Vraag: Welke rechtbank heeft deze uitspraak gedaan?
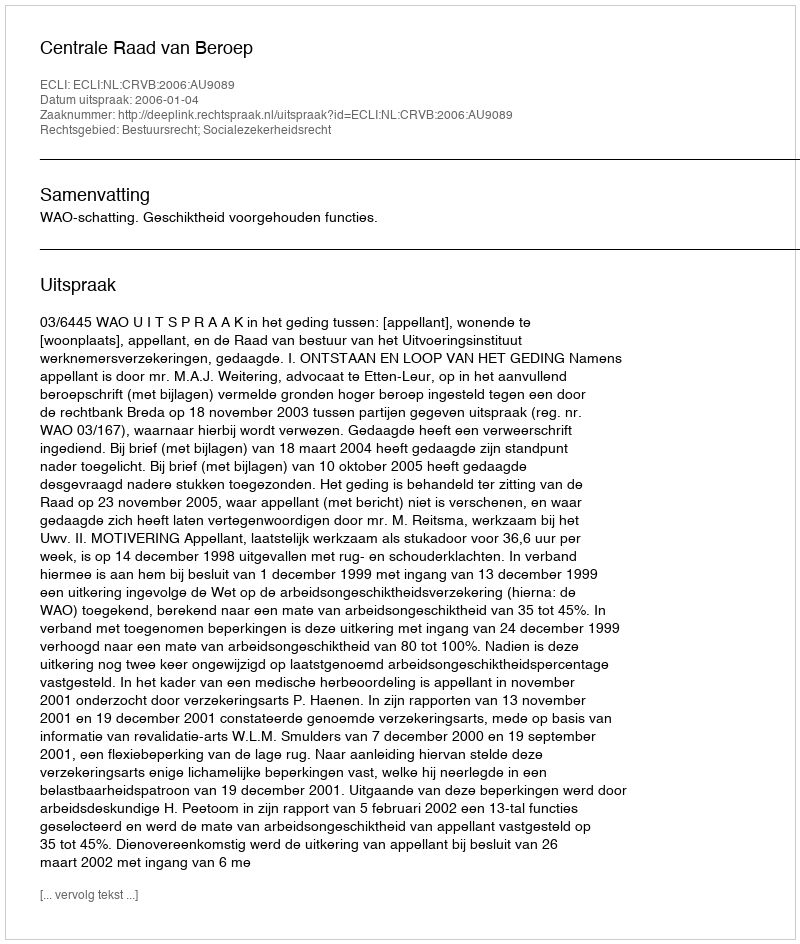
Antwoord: Centrale Raad van Beroep